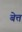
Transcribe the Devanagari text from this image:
बेत्त